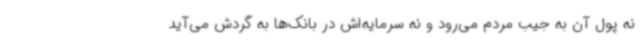
نه پول آن به جیب مردم می‌رود و نه سرمایه‌اش در بانک‌ها به گردش می‌آید